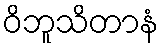
ဝိဘူသိတာနံ